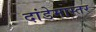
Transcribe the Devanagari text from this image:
दांडेमास्तर